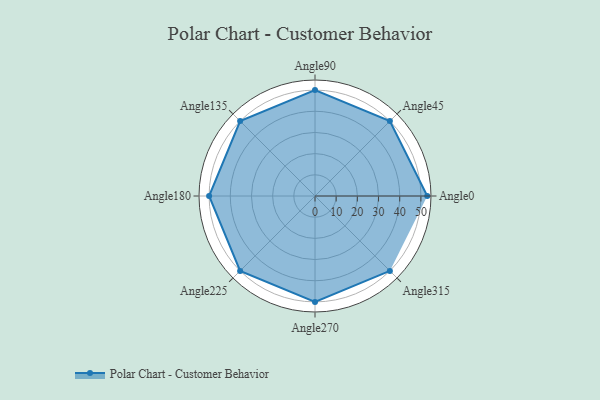
{"axis": {"x": "Angle", "y": "Radius"}, "legend": [""], "data": [{"x": "Angle0", "y": 53.0, "type": ""}, {"x": "Angle45", "y": 50, "type": ""}, {"x": "Angle90", "y": 50, "type": ""}, {"x": "Angle135", "y": 50, "type": ""}, {"x": "Angle180", "y": 50, "type": ""}, {"x": "Angle225", "y": 50, "type": ""}, {"x": "Angle270", "y": 50, "type": ""}, {"x": "Angle315", "y": 50, "type": ""}]}